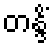
တန္ဒိံ